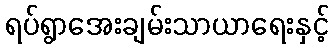
ရပ်ရွာအေးချမ်းသာယာရေးနှင့်